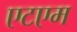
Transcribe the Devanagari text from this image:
एटएम